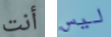
أنت ليس